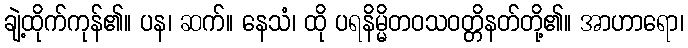
ချဲ့ထိုက်ကုန်၏။ ပန၊ ဆက်။ နေသံ၊ ထို ပရနိမ္မိတဝသဝတ္တိနတ်တို့၏။ အာဟာရော၊